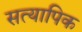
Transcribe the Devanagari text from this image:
सत्यापिक